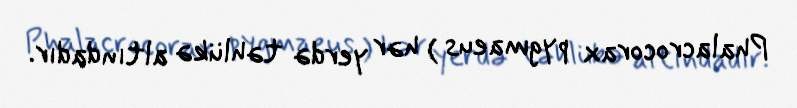
Phalacrocorax pygmaeus ) hər yerdə təhlükə altındadır.